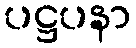
ပဋ္ဌပနာ